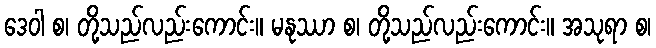
ဒေဝါ စ၊ တို့သည်လည်းကောင်း။ မနုဿာ စ၊ တို့သည်လည်းကောင်း။ အသုရာ စ၊